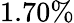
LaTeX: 1.70\%